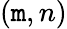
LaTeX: (\mathtt{m},n)